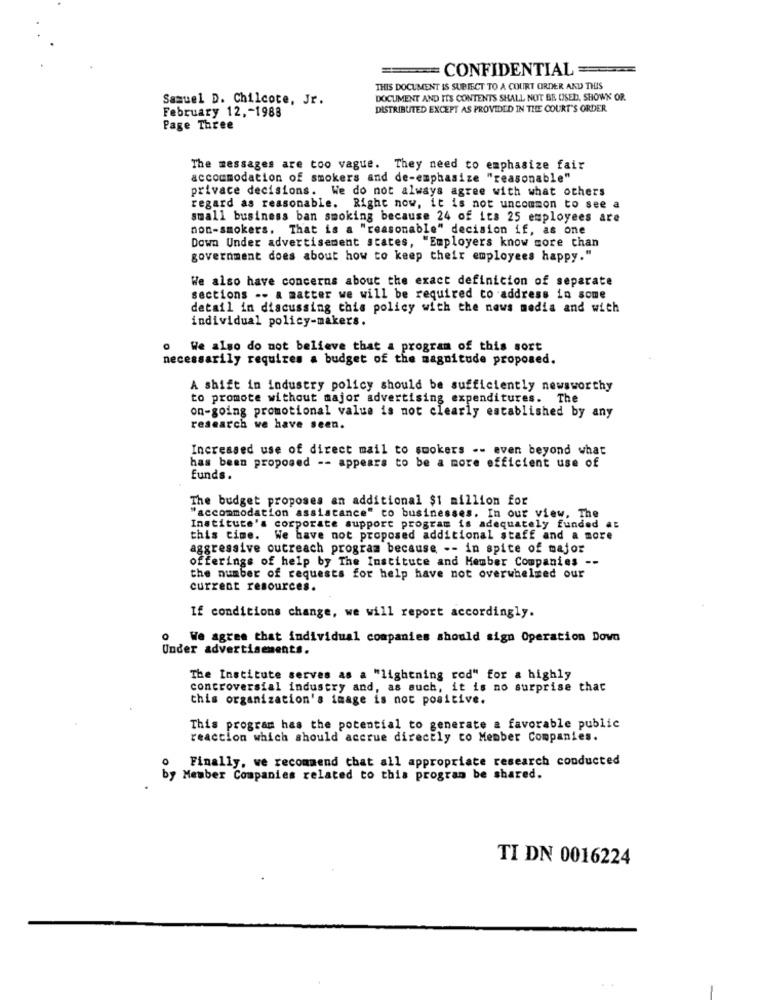
== CONFIDENTIAL =
THIS DOCUMENT IS SUBIECT TO A COURT ORDER AND THIS
Samuel D. Chilcote, Jr.
DOCUMENT AND ITS CONTENTS SHALL NOT BE USED, SHOWK OR.
DISTRIBUTED EXCEPT AS PROVIDED IN THE COURT'S ORDER
February 12 ,- 1988
Page Three
The messages are too vague. They need to emphasize fair
accommodation of smokers and de-emphasize "reasonable"
privace decisions. We do not always agree with what others
regard as reasonable. Right now, it is not uncommon to see a
small business ban smoking because 24 of its 25 employees are
non-smokers. That is a "reasonable" decision if, as one
Down Under advertisement states, "Employers know more than
government does about how to keep their employees happy."
We also have concerns about the exact definicion of separate
sections -- a matter we will be required to address in some
detail in discussing this policy with the news media and wich
individual policy-makers.
We also do not believe that a program of this sort
necessarily requires a budget of the magnitude proposed.
A shift in industry policy should be sufficiently newsworthy
to promote without major advertising expenditures. The
on-going promotional value is not clearly established by any
research we have seen.
Increased use of direct mail to smokers -- even beyond what
has been proposed -- appears to be a more efficient use of
funds.
The budget proposes an additional $1 million for
"accommodation assistance" co businesses. In our view, The
Instituce's corporate support program is adequately funded at
this time. We have not proposed additional staff and a more
aggressive outreach program because -- in spite of major
offerings of help by The Institute and Member Companies --
the number of requests for help have not overwhelmed our
current resources.
If conditions change, we will report accordingly.
We agree that individual companies should sign Operation Down
Under advertisements.
The Institute serves as a "lightning rod" for a highly
controversial industry and, as such, it is no surprise that
this organization's image is not positive.
This program has the potential to generate a favorable public
reaction which should accrue directly co Member Companies.
Finally, we recommend that all appropriate research conducted
by Member Companies related to this program be shared.
TI DN 0016224